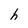
Character: h